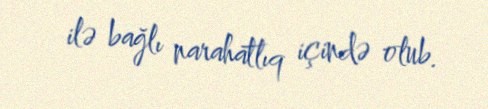
ilə bağlı narahatlıq içində olub.